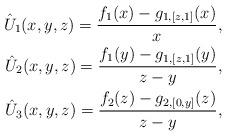
LaTeX: \begin{align*}\hat{U}_{1}(x,y,z) = \frac{f_{1}(x) - g_{1,[z,1]}(x)}{x}, \\\hat{U}_{2}(x,y,z) = \frac{f_{1}(y) - g_{1,[z,1]}(y)}{z - y}, \\\hat{U}_{3}(x,y,z) = \frac{f_{2}(z) - g_{2,[0,y]}(z)}{z - y},\end{align*}